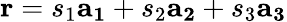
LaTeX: \mathbf{r}=s_{1}\mathbf{a_{1}}+s_{2}\mathbf{a_{2}}+s_{3}\mathbf{a_{3}}